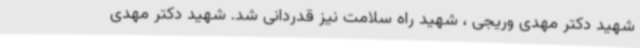
شهید دکتر مهدی وریجی ، شهید راه سلامت نیز قدردانی شد. شهید دکتر مهدی